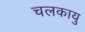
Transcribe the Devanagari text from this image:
चलकायु